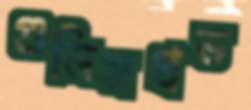
গুলিসপ্রভ